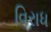
વિરાધ